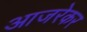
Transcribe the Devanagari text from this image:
आजरेकर